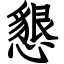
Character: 懇